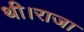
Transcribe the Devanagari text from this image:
थी।राजा